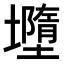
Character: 𭐄